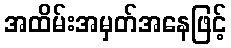
အထိမ်းအမှတ်အနေဖြင့်